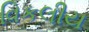
વિકલીય